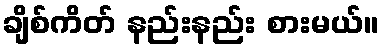
ချိစ်ကိတ် နည်းနည်း စားမယ်။